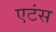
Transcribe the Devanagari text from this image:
एटंस